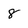
Character: 8